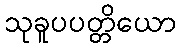
သုခူပပတ္တိယော